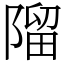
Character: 𨻧